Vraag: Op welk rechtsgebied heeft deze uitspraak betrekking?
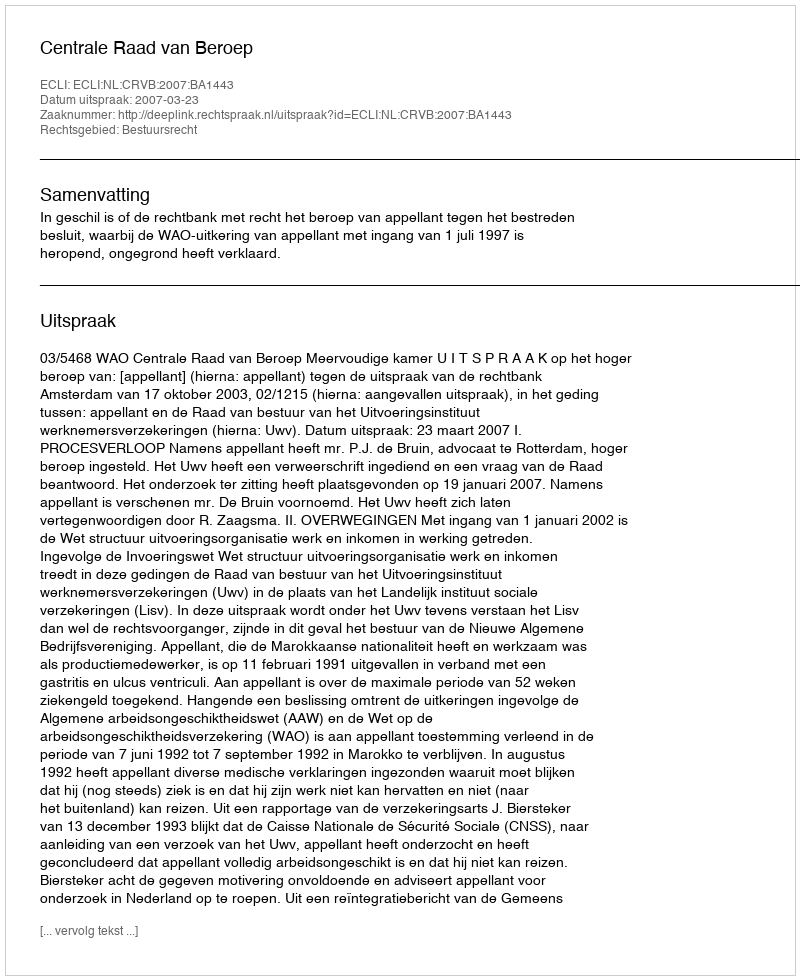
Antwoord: Bestuursrecht